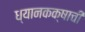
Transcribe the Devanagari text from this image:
ध्यानकक्षाची